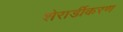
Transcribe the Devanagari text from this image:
शेरार्डीकरण